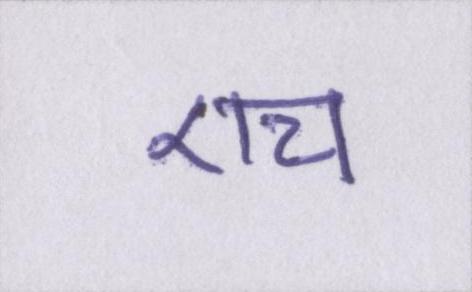
एच